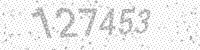
Solution: 127453